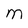
Character: M